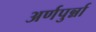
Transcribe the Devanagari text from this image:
अर्णपुर्न्ना